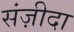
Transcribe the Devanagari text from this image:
संज़ीदा